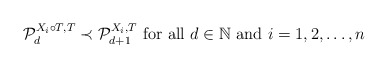
\begin{align*}\mathcal{P}_d^{X_i \circ T,T} \prec \mathcal{P}_{d+1}^{X_i,T}\mbox{ for all }d \in \mathbb{N}\mbox{ and }i=1,2,\ldots,n\end{align*}